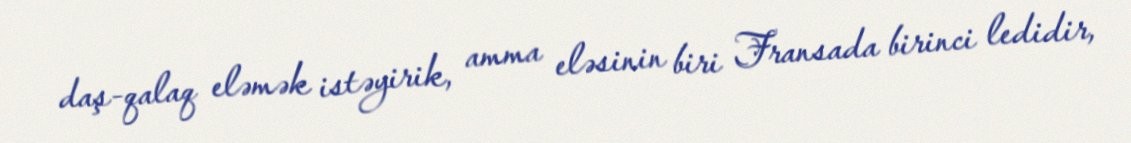
daş-qalaq eləmək istəyirik, amma eləsinin biri Fransada birinci ledidir,